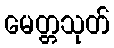
မေတ္တသုတ်